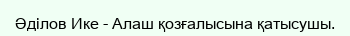
Әділов Ике - Алаш қозғалысына қатысушы.